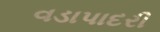
વડાપાદરી